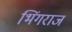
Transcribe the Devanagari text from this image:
भिंगराज